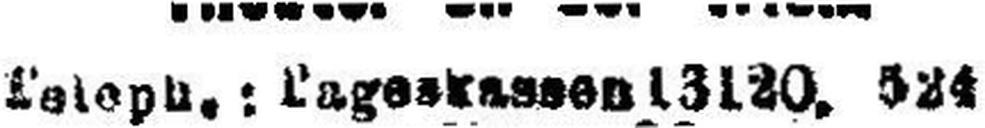
Teleph.: Tageskassen 13120, 524